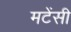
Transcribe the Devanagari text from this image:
मटेंसी